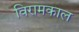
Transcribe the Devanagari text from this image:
विरामकाल